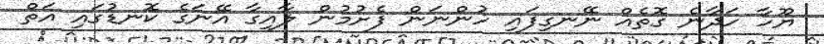
ޔޫހާ ހަދާނެ ގޮތެއް ނޭނގިފައި ހުންނަން ފެށުމުން ލާއިގާ އޭނަގެ ކޮނޑުގައި އަތް